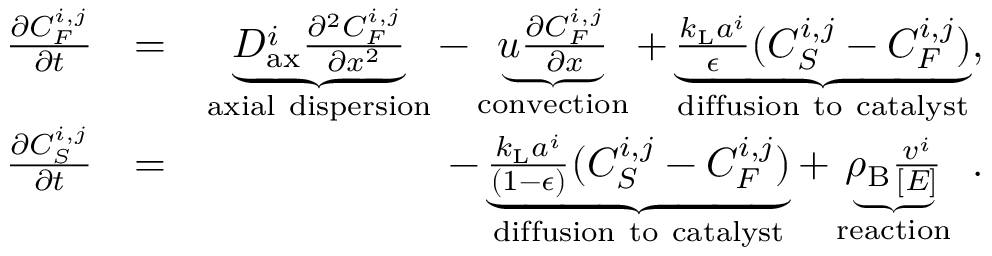
\begin{array} { r l r } { \frac { \partial C _ { F } ^ { i , j } } { \partial t } } & { = } & { \underbrace { D _ { \mathrm { a x } } ^ { i } \frac { \partial ^ { 2 } C _ { F } ^ { i , j } } { \partial x ^ { 2 } } } _ { \mathrm { a x i a l ~ d i s p e r s i o n } } - \underbrace { u \frac { \partial C _ { F } ^ { i , j } } { \partial x } } _ { \mathrm { c o n v e c t i o n } } + \underbrace { \frac { k _ { \mathrm { L } } a ^ { i } } { \epsilon } ( C _ { S } ^ { i , j } - C _ { F } ^ { i , j } ) } _ { \mathrm { d i f f u s i o n ~ t o ~ c a t a l y s t } } , } \\ { \frac { \partial C _ { S } ^ { i , j } } { \partial t } } & { = } & { \mathrm { - } \underbrace { \frac { k _ { \mathrm { L } } a ^ { i } } { ( 1 \mathrm { - } \epsilon ) } ( C _ { S } ^ { i , j } - C _ { F } ^ { i , j } ) } _ { \mathrm { d i f f u s i o n ~ t o ~ c a t a l y s t } } + \underbrace { \rho _ { \mathrm { B } } \frac { v ^ { i } } { [ E ] } } _ { \mathrm { r e a c t i o n } } \ . } \end{array}